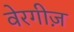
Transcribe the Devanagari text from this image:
वेरगीज़